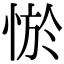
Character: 𢛨